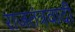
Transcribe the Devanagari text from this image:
राजतंत्रवादी